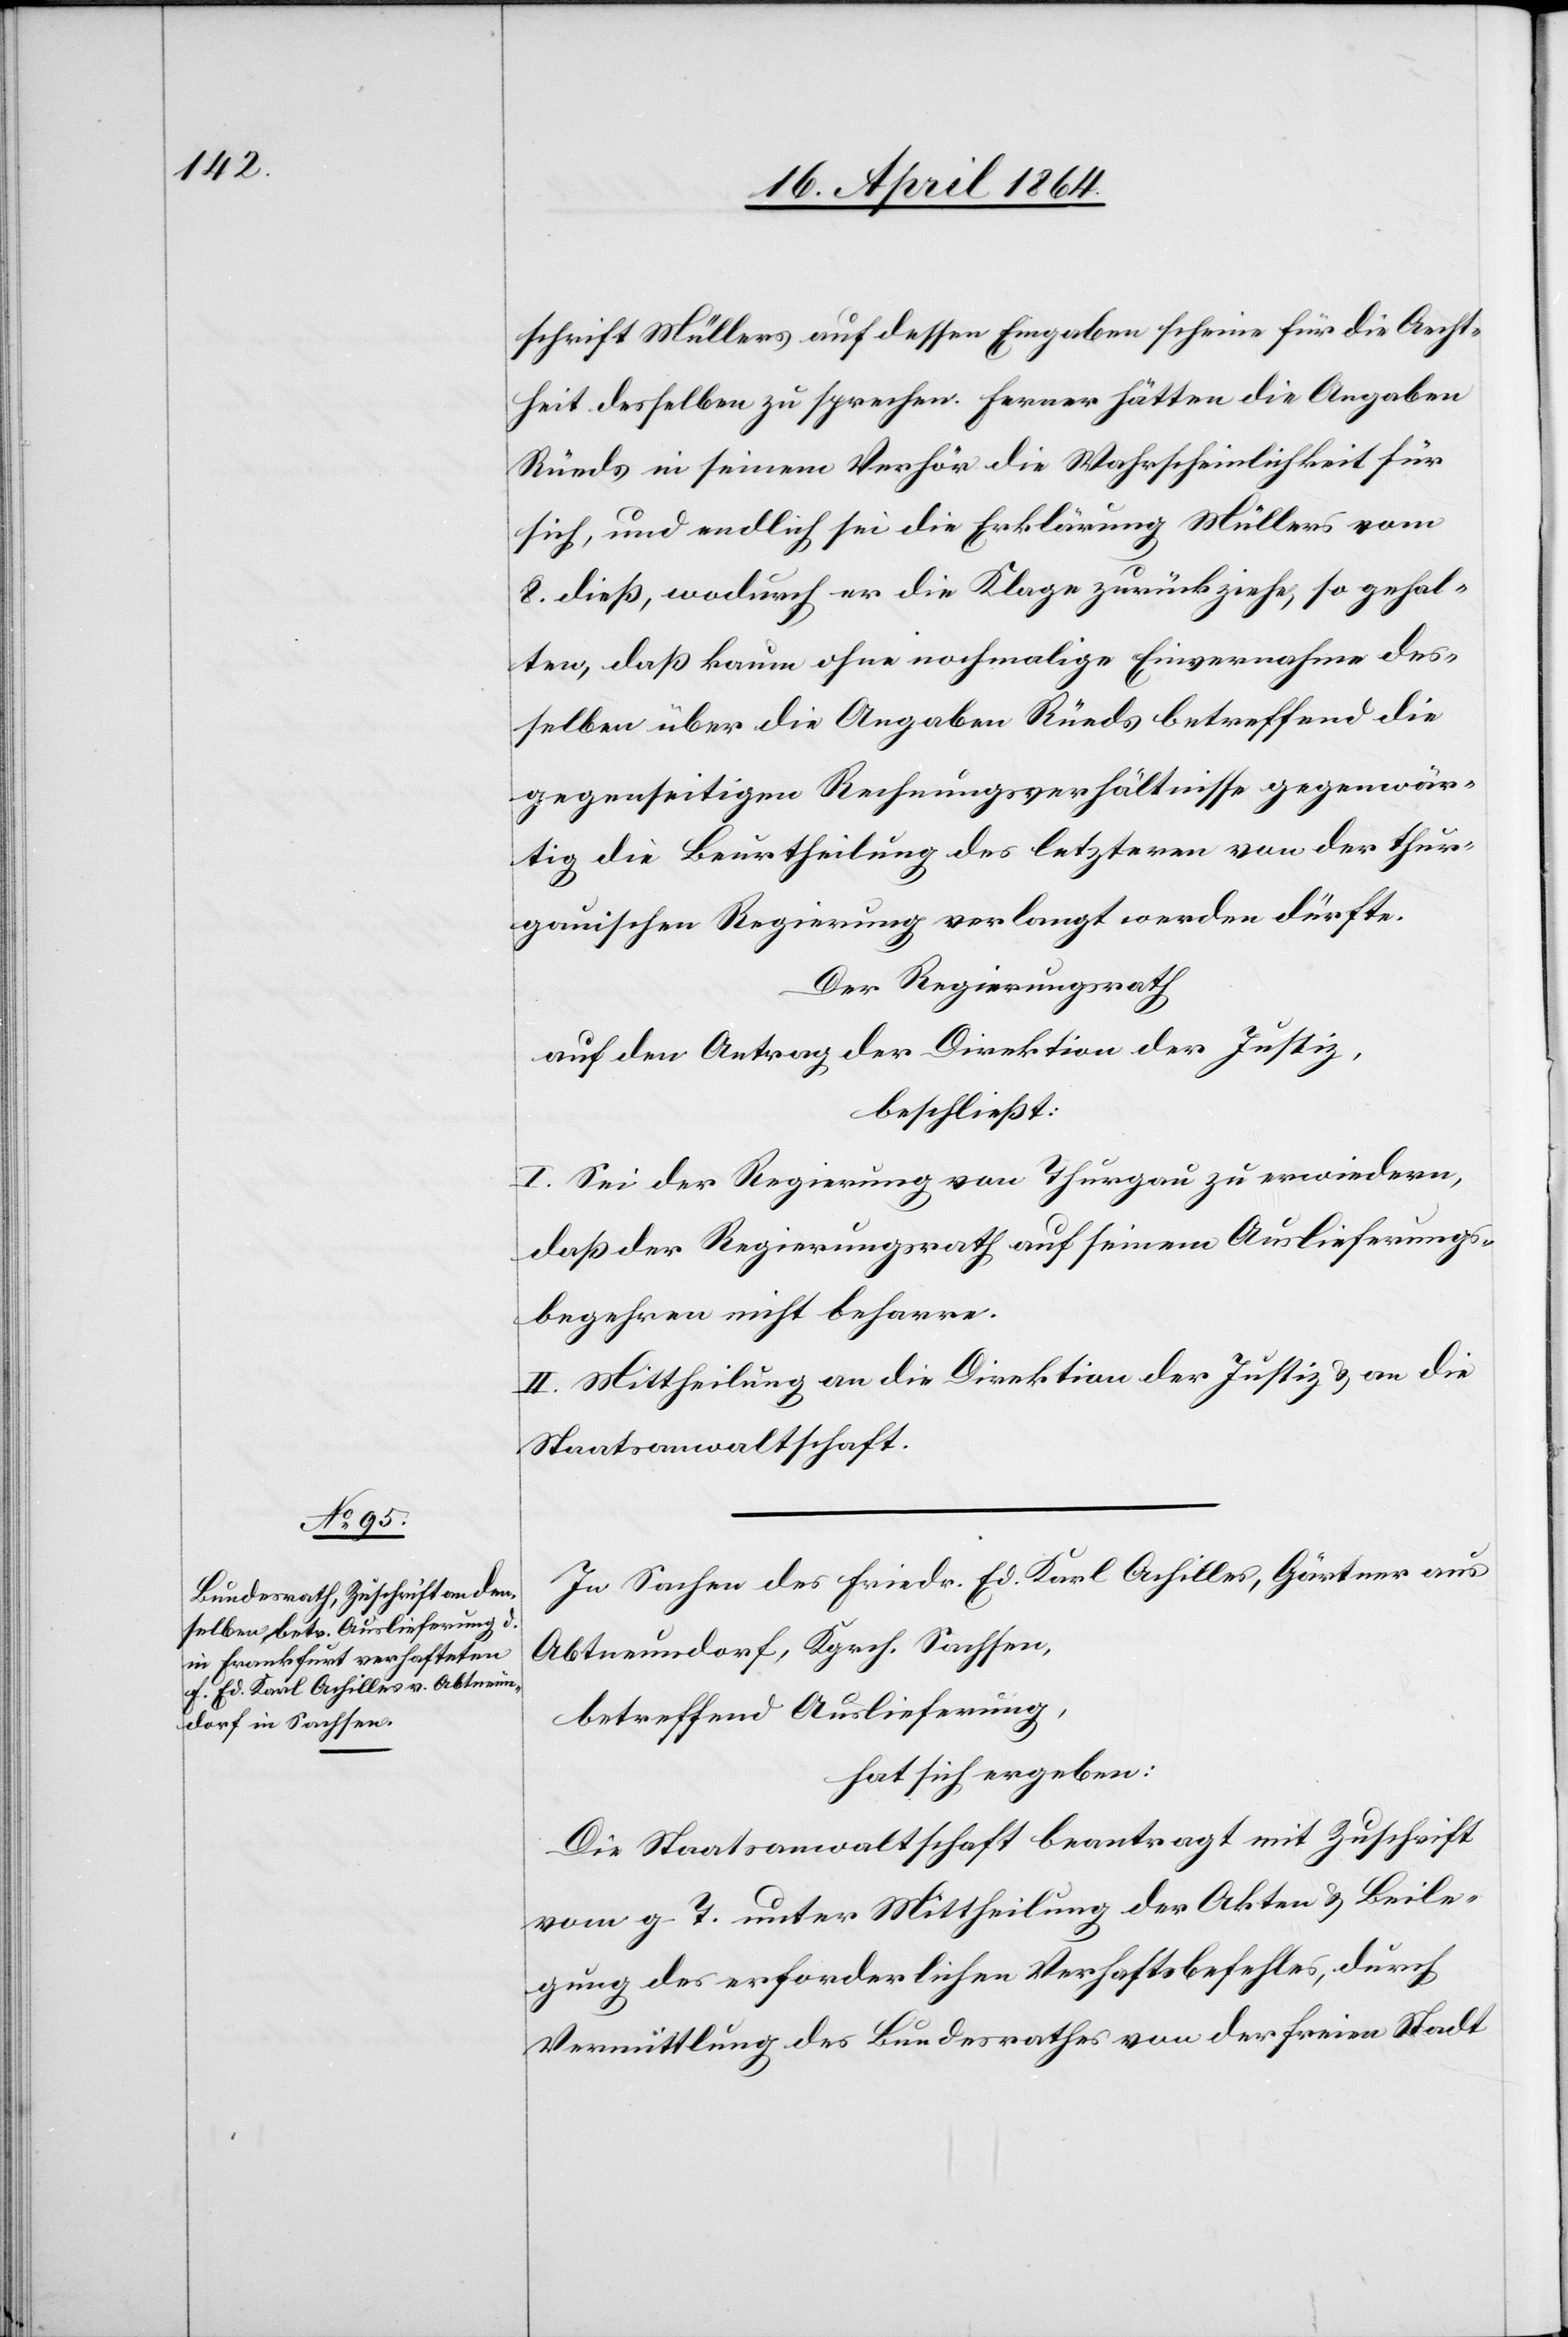
schrift Müllers auf dessen Eingaben scheine für die Aecht¬
heit desselben zu sprechen. Ferner hätten die Angaben
Rüeds in seinem Verhör die Wahrscheinlichkeit für
sich, und endlich sei die Erklärung Müllers vom
8. dieß, wodurch er die Klage zurückziehe, so gehal¬
ten, daß kaum ohne nochmalige Einvernahme des¬
selben über die Angaben Rüeds betreffend die
gegenseitigen Rechnungsverhältnisse gegenwär¬
tig die Beurtheilung des letzteren von der thur¬
gauischen Regierung verlangt werden dürfte.
Der Regierungsrath
auf den Antrag der Direktion der Justiz,
beschließt:
I. Sei der Regierung von Thurgau zu erwiedern,
daß der Regierungsrath auf seinem Auslieferungs¬
begehren nicht beharre.
II. Mittheilung an die Direktion der Justiz u. an die
Staatsanwaltschaft.
In Sachen des Friedr. Ed. Karl Achilles, Gärtner aus
Abtneundorf, Kgrch. Sachsen,
betreffend Auslieferung,
hat sich ergeben:
Die Staatsanwaltschaft beantragt mit Zuschrift
vom g. T. unter Mittheilung der Akten u. Beile¬
gung des erforderlichen Verhaftsbefehles, durch
Vermittlung des Bundesrathes von der freien Stadt